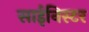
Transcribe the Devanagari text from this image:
साईनिस्टर